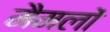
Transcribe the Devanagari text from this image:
मैमलों